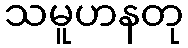
သမူဟနတု